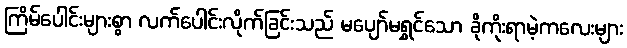
ကြိမ်ပေါင်းများစွာ လက်ပေါင်းလိုက်ခြင်းသည် မပျော်မရွှင်သော ခိုကိုးရာမဲ့ကလေးများ